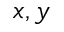
x , y